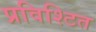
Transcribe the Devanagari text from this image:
प्रविश्टित